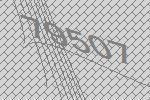
79507